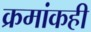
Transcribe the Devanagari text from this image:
क्रमांकही